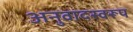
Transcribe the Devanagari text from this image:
अनुवादस्वरूप